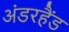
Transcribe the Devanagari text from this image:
अंडरहैंड